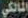
المالكي